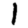
Digit: 1